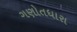
ગણોતધારા